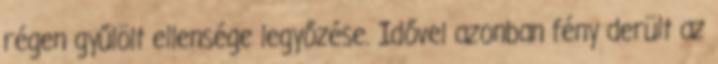
régen gyűlölt ellensége legyőzése. Idővel azonban fény derült az